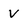
Character: v